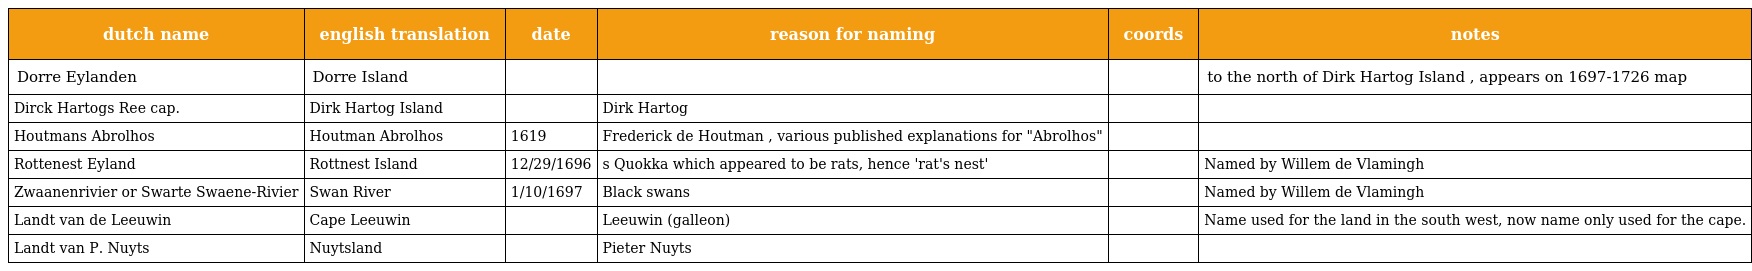
| dutch name | english translation | date | reason for naming | coords | notes |
 | --- | --- | --- | --- | --- | --- |
 | Dorre Eylanden | Dorre Island |  |  |  | to the north of Dirk Hartog Island , appears on 1697-1726 map |
 | Dirck Hartogs Ree cap. | Dirk Hartog Island |  | Dirk Hartog |  |  |
 | Houtmans Abrolhos | Houtman Abrolhos | 1619 | Frederick de Houtman , various published explanations for "Abrolhos" |  |  |
 | Rottenest Eyland | Rottnest Island | 12/29/1696 | s Quokka which appeared to be rats, hence 'rat's nest' |  | Named by Willem de Vlamingh |
 | Zwaanenrivier or Swarte Swaene-Rivier | Swan River | 1/10/1697 | Black swans |  | Named by Willem de Vlamingh |
 | Landt van de Leeuwin | Cape Leeuwin |  | Leeuwin (galleon) |  | Name used for the land in the south west, now name only used for the cape. |
 | Landt van P. Nuyts | Nuytsland |  | Pieter Nuyts |  |  |